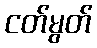
ငတ်မွတ်